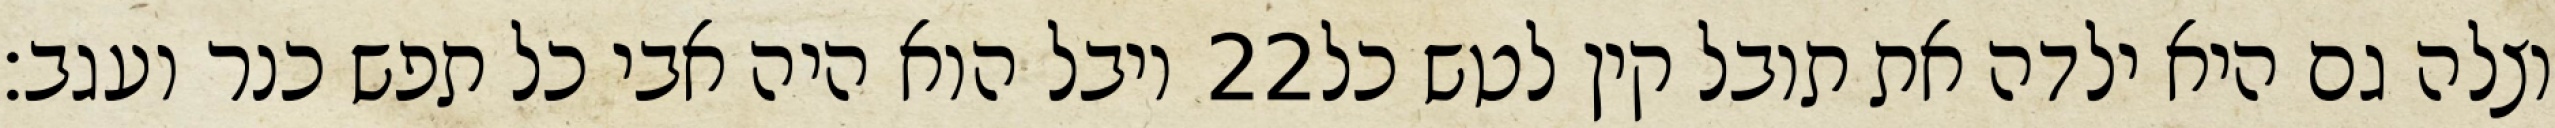
יובל הוא היה אבי כל תפש כנר ועגב׃ ‎22‏ וצלה גם היא ילדה את תובל קין לטש כל